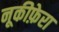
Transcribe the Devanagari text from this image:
नूकीफ़ेरा